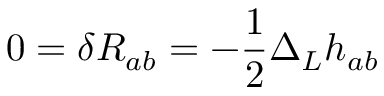
0 = \delta R _ { a b } = - \frac { 1 } { 2 } \Delta _ { L } h _ { a b }